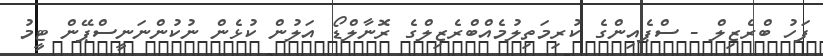
ފަހު ބްރެޒިލް - ސްޕެއިންގެ ކުރިމަތިލުމެއްބްރެޒިލްގެ ރޮނާލްޑޯ އަލުން ކުޅެން ނުކުންނަނީސްޕޭން ޓީމު